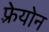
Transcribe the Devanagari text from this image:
फ़्रेयोन